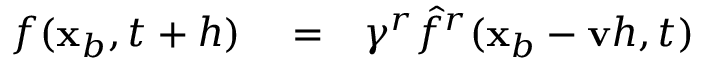
\begin{array} { r l r } { f ( \mathbf x _ { b } , t + h ) } & { { } = } & { \gamma ^ { r } \hat { f } ^ { r } ( \mathbf x _ { b } - \mathbf v h , t ) } \end{array}